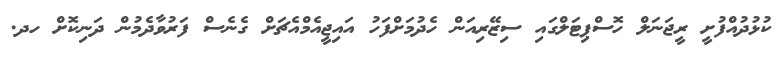
ކުޅުދުއްފުށީ ރީޖަނަލް ހޮސްޕިޓަލްގައި ސިޒޭރިއަން ހެދުމަށްފަހު އައިޖީއެމްއެޗަށް ގެނެސް ފަރުވާދެމުން ދަނިކޮށް ހދ.